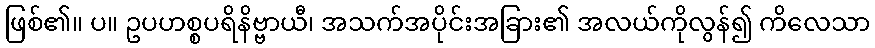
ဖြစ်၏။ ပ။ ဥပဟစ္စပရိနိဗ္ဗာယီ၊ အသက်အပိုင်းအခြား၏ အလယ်ကိုလွန်၍ ကိလေသာ